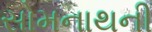
સોમનાથની